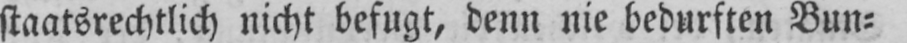
staatsrechtlich nicht befugt, denn nie bedurften Bun⸗